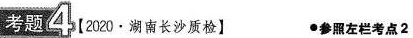
考题4 【2020·湖南长沙质检】 ●参照左栏考点2